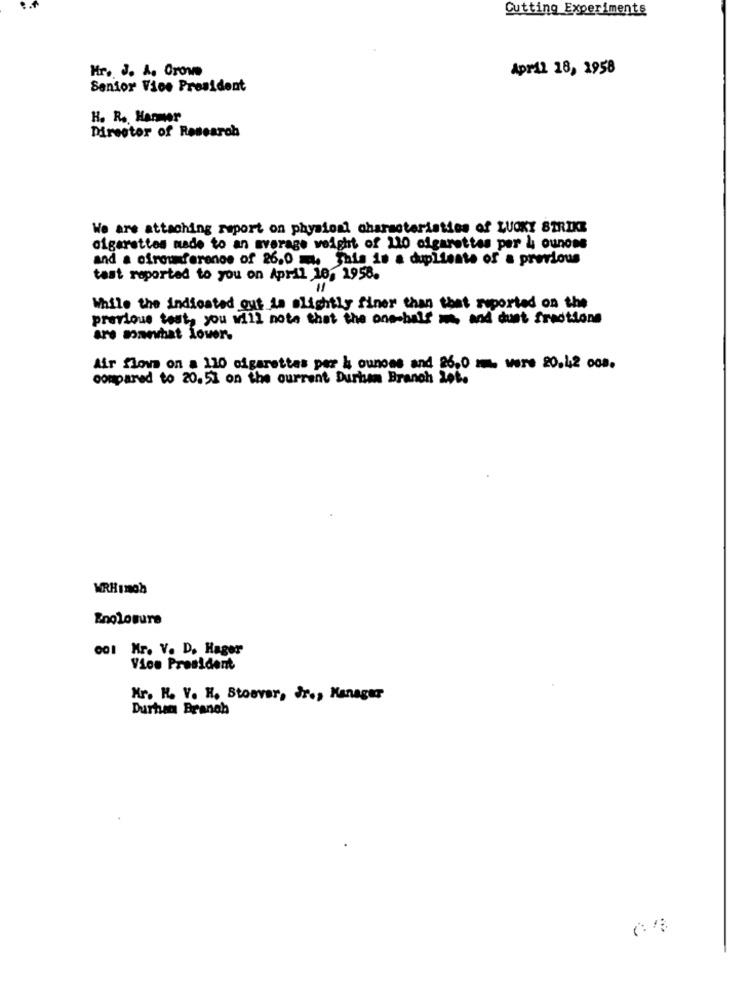
Cutting Experiments
Hr. J. A. Crowe
April 18, 1958
Senior Vice President
H. R. Harmer
Director of Research
We are attaching report on physical characteristics of LUCKY STRIKE
cigarettes made to an average weight of 210 cigarettes per & ounoes
and a circumference of 26,0 m. This is a duplicate of a previous
tast reported to you on April 10, 1958.
While the indicated out in slightly finer than that reported on the
previous test, you will note that the one-half m, and dust fractions
are manhat lover.
Air flows on a 110 cigarettes per & ounoes and 26,0 I were 20.42 oos.
compared to 20.51 on the current Durhum Branch Lot.
WRHI10h
Enolosure
001 Mr. V. D. Hager
Vice President
Kr. H. V. H. Stoover, Jr ., Manager
Durham Branch